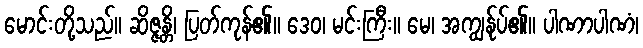
မောင်းတို့သည်။ ဆိဇ္ဇန္တိ၊ ပြတ်ကုန်၏။ ဒေဝ၊ မင်းကြီး။ မေ၊ အကျွန်ုပ်၏။ ပါဏာပါဏံ၊